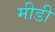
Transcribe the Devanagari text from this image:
मीडी